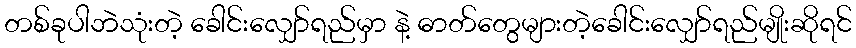
တစ်ခုပါဘဲသုံးတဲ့ ခေါင်းလျှော်ရည်မှာ နဲ့ ဓာတ်တွေများတဲ့ခေါင်းလျှော်ရည်မျိုးဆိုရင်